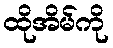
ထိုအိမ်ကို